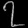
Digit: ၇